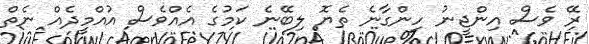
ރޭ ވެސް އިންޖީނު ހިންގާނެ ތެޔޮ ލިބޭނެ ކަމުގެ އެއްވެސް އުއްމީދެއް ނެތް